Report of the Indian Hemp Drugs Commission, 1894-1895 - Volume IV
Year: 1894
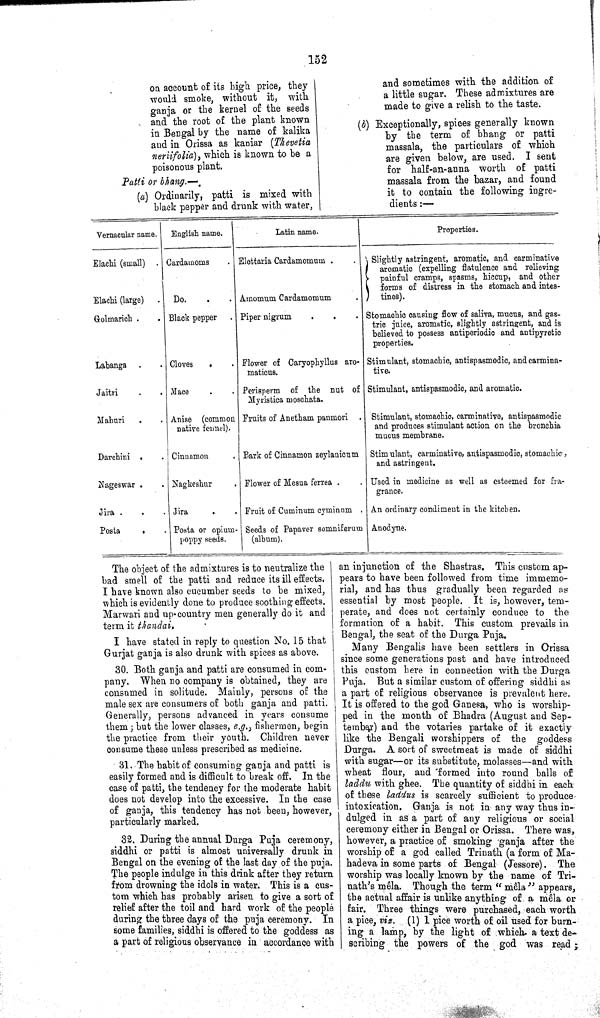
152
on account of its high price, they
would smoke, without it, with
ganja or the kernel of the seeds
and the root of the plant known
in Bengal by the name of kalika
and in Orissa as kaniar (Thevetia
neriifolia), which is known to be a
poisonous plant.
Patti or bhang.—
(a) Ordinarily, patti is mixed with
black pepper and drunk with water,
and sometimes with the addition of
a little sugar. These admixtures are
made to give a relish to the taste.
(b) Exceptionally, spices generally known
by the term of bhang or patti
massala, the particulars of which
are given below, are used. I sent
for half-an-anna worth of patti
massala from the bazar, and found
it to contain the following ingre¬
dients:—
Vernacular name.
English name.
Latin name.
Properties.
Elachi (small)
Cardamoms
Elettaria Cardamomum
Slightly astringent, aromatic, and carminative
aromatic (expelling flatulence and relieving
painful cramps, spasms, hiccup, and other
forms of distress in the stomach and intes-
tines).
Slightly astringent, aromatic, and carminative
aromatic (expelling flatulence and relieving
painful cramps, spasms, hiccup, and other
forms of distress in the stomach and intes-
tines).
Slightly astringent, aromatic, and carminative
aromatic (expelling flatulence and relieving
painful cramps, spasms, hiccup, and other
forms of distress in the stomach and intes-
tines).
Slightly astringent, aromatic, and carminative
aromatic (expelling flatulence and relieving
painful cramps, spasms, hiccup, and other
forms of distress in the stomach and intes-
tines).
Elachi (large)
Do.
Amomum Cardamomum
Slightly astringent, aromatic, and carminative
aromatic (expelling flatulence and relieving
painful cramps, spasms, hiccup, and other
forms of distress in the stomach and intes-
tines).
Golmarich
Black pepper
Piper nigrum
Stomachic causing flow of saliva, mucus, and gas-
tric juice, aromatic, slightly astringent, and is
believed to possess antiperiodic and antipyretic
properties.
Stomachic causing flow of saliva, mucus, and gas-
tric juice, aromatic, slightly astringent, and is
believed to possess antiperiodic and antipyretic
properties.
Stomachic causing flow of saliva, mucus, and gas-
tric juice, aromatic, slightly astringent, and is
believed to possess antiperiodic and antipyretic
properties.
Stomachic causing flow of saliva, mucus, and gas-
tric juice, aromatic, slightly astringent, and is
believed to possess antiperiodic and antipyretic
properties.
Labanga
Cloves
Flower of Caryophyllus are-
maticus.
Stimulant, stomachic, antispasmodic, and carmina-
tive.
Jaitri
Mace
Perisperm of the nut of Stimulant, antispasmodic, and aromatic.
Myristica moschata.
Mahuri
Anise (common
native fennel).
Fruits of Anetham panmori
Stimulant, stomachic, carminative, antispasmodic
and produces stimulant action on the bronchia
mucus membrane.
Darchini
Cinnamon
Bark of Cinnamon zeylanicum Stimulant, carminative, antispasmodic, stomachic,
and astringent.
Nageswar
Nagkeshur
Flower of Mesua ferrea
Used in medicine as well as esteemed for fra-
grance.
Jira
Jira
Fruit of Cuminum cyminum
An ordinary condiment in the kitchen.
Posta
Posta or opium-
poppy seeds.
Seeds of Papaver somniferum
(album).
Anodyne.
The object of the admixtures is to neutralize the
bad smell of the patti and reduce its ill effects.
I have known also cucumber seeds to be mixed,
which is evidently done to produce soothing effects.
Marwari and up country men generally do it and
term it thandai.
I have stated in reply to question No. 15 that
Gurjat ganja is also drunk with spices as above.
30. Both ganja and patti are consumed in com¬
pany. When no company is obtained, they are
consumed in solitude. Mainly, persons of the
male sex are consumers of both ganja and patti.
Generally, persons advanced in years consume
them; but the lower classes, e.g., fishermen, begin
the practice from their youth. Children never
consume these unless prescribed as medicine.
31. The habit of consuming ganja and patti is
easily formed and is difficult to break off. In the
case of patti, the tendency for the moderate habit
does not develop into the excessive. In the case
of ganja, this tendency has not been, however,
particularly marked.
32. During the annual Durga Puja ceremony,
siddhi or patti is almost universally drunk in
Bengal on the evening of the last day of the puja.
The people indulge in this drink after they return
from drowning the idols in water. This is a cus¬
tom which has probably arisen to give a sort of
relief after the toil and hard work of the people
during the three days of the puja ceremony. In
some families, siddhi is offered to the goddess as
a part of religious observance in accordance with
an injunction of the Shastras. This custom ap¬
pears to have been followed from time immemo¬
rial, and has thus gradually been regarded as
essential by most people. It is, however, tem¬
perate, and does not certainly conduce to the
formation of a habit. This custom prevails in
Bengal, the seat of the Durga Puja.
Many Bengalis have been settlers in Orissa
since some generations past and have introduced
this custom here in connection with the Durga
Puja. But a similar custom of offering siddhi as
a part of religious observance is prevalent here.
It is offered to the god Ganesa, who is worship¬
ped in the month of Bhadra (August and Sep-
tember) and the votaries partake of it exactly
like the Bengali worshippers of the goddess
Durga. A sort of sweetmeat is made of siddhi
with sugar—or its substitute, molasses—and with
wheat flour, and formed into round balls of
laddu with ghee. The quantity of siddhi in each
of these laddus is scarcely sufficient to produce
intoxication. Ganja is not in any way thus in¬
dulged in as a part of any religious or social
ceremony either in Bengal or Orissa. There was,
however, a practice of smoking ganja after the
worship of a god called Trinath (a form of Ma-
hadeva in some parts of Bengal (Jessore). The
worship was locally known by the name of Tri-
nath's mêla. Though the term "mêla" appears,
the actual affair is unlike anything of a mêla or
fair. Three things were purchased, each worth
a pice, viz. (1) 1 pice worth of oil used for burn¬
ing a lamp, by the light of which a text de¬
scribing the powers of the god was read;